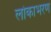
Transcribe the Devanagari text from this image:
लोकाभरण